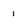
Character: 1